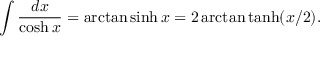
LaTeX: \displaystyle \int \displaystyle \frac { d x } { \cosh x } = \arctan \sinh x = 2 \arctan \operatorname { t a n h } ( x / 2 ) .